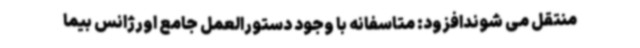
منتقل می شوندافزود: متاسفانه با وجود دستورالعمل جامع اورژانس بیما